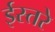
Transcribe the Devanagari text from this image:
ईस्तरे